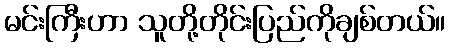
မင်းကြီးဟာ သူတို့တိုင်းပြည်ကိုချစ်တယ်။